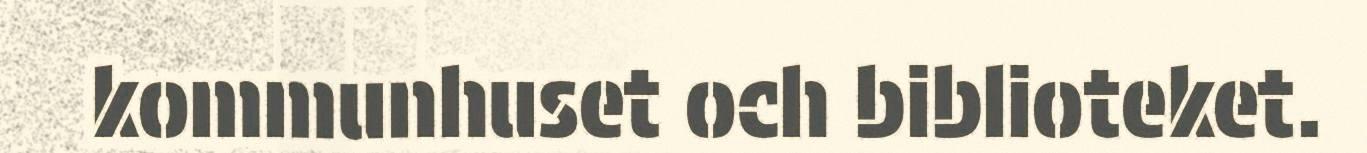
kommunhuset och biblioteket.